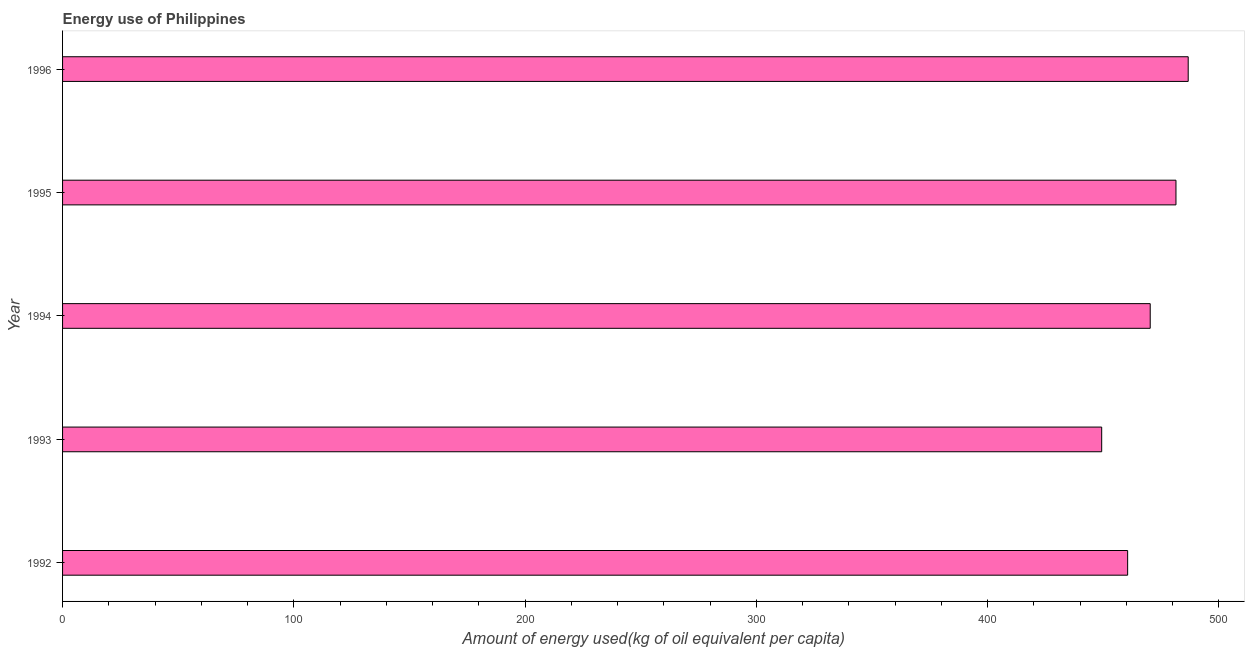
| Year | Energy use  |
 | --- | --- |
 | 1992 | 461 |
 | 1993 | 449 |
 | 1994 | 470 |
 | 1995 | 481 |
 | 1996 | 487 |